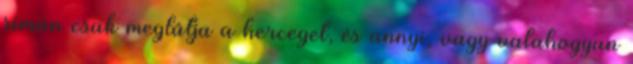
simán csak meglátja a herceget, és annyi, vagy valahogyan